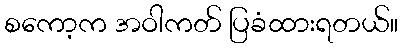
စကော့က အဝါကတ် ပြခံထားရတယ်။